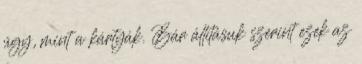
úgy, mint a kártyák. Bár állításuk szerint ezek az